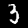
Digit: 3